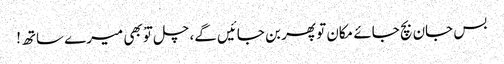
بس جان بچ جائے مکان تو پھر بن جائیں گے، چل توْ بھی میرے ساتھ!